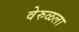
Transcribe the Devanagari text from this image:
वेरुळला